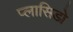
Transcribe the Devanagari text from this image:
प्लासिडो